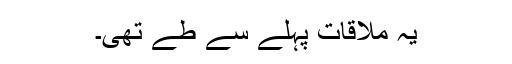
یہ ملاقات پہلے سے طے تھی۔